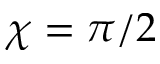
\chi = \pi / 2